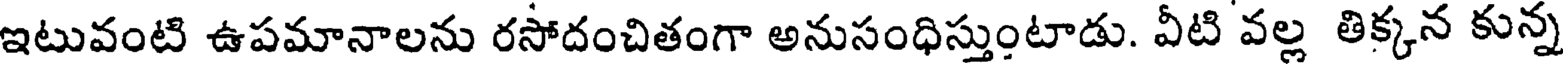
ఇటువంటి ఉపమానాలను రసోదంచితంగా అనుసంధిస్తుంటాడు. వీటి వల్ల తిక్కన కున్న